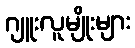
ဂျူးလူမျိုးများ